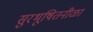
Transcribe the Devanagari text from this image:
सुरभूषितनीळा